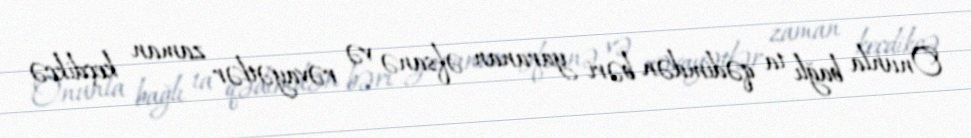
Onunla bağlı ta qədimdən bəri yaranan əfsanə və rəvayətlər zaman keçdikcə